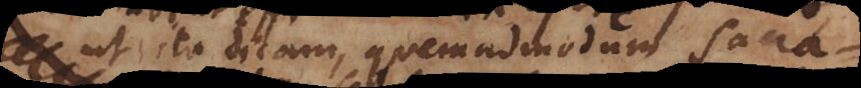
ut ita dicam, quemadmodum